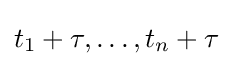
t_{1}+\tau ,\ldots ,t_{n}+\tau